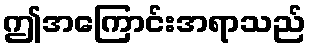
ဤအကြောင်းအရာသည်